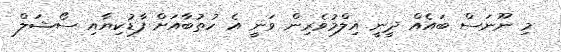
މި ނޫނަސް ބައެއް ދީނީ އިލްމުވެރިން ވަނީ އެ ހުތުބާއަށް ފާޑުކިޔާއި ސޯޝަލް